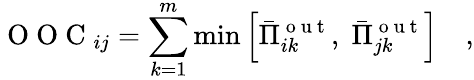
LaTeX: \mathrm{~O~O~C~}_{ij}=\sum_{k=1}^{m}\operatorname*{min}\left[\bar{\Pi}_{ik}^{\mathrm{~o~u~t~}},\; \bar{\Pi}_{jk}^{\mathrm{~o~u~t~}}\right]\quad,